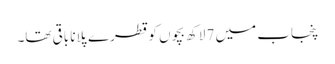
پنجاب میں 7 لاکھ بچوں کو قطرے پلانا باقی تھا۔